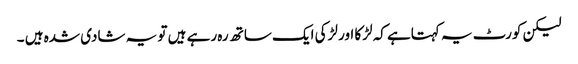
لیکن کورٹ یہ کہتاہے کہ لڑکا اور لڑکی ایک ساتھ رہ رہے ہیں تو یہ شادی شدہ ہیں ۔